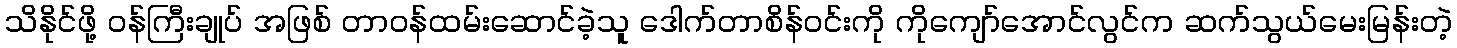
သိနိုင်ဖို့ ဝန်ကြီးချုပ် အဖြစ် တာဝန်ထမ်းဆောင်ခဲ့သူ ဒေါက်တာစိန်ဝင်းကို ကိုကျော်အောင်လွင်က ဆက်သွယ်မေးမြန်းတဲ့